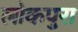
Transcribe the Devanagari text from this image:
लोकपुरा